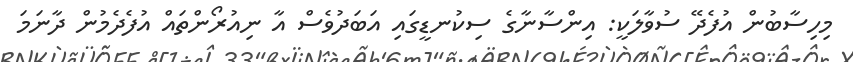
މިހިސާބުން އުފެދޭ ސުވާލަކީ: އިންސާނާގެ ސިކުނޑީގައި އަބަދުވެސް އާ ނިއުރޯންތައް އުފެދެމުން ދާނަމަ